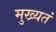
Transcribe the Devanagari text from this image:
मुख्यतं